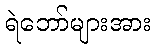
ရဲဘော်များအား